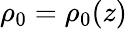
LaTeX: \rho_{0}=\rho_{0}(z)